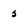
Character: 5